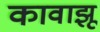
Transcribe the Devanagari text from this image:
कावाझू